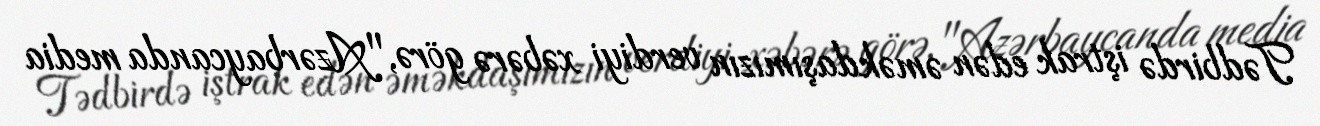
Tədbirdə iştrak edən əməkdaşımızın verdiyi xəbərə görə, "Azərbaycanda media